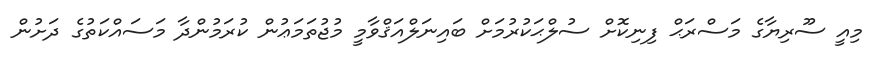
މިއީ ސޫރިޔާގެ މަސްރަޙް ފިނިކޮށް ސުލްޙަކުރުމަށް ބައިނަލްއަޤްވާމީ މުޖުތަމަޢުން ކުރަމުންދާ މަސައްކަތުގެ ދަށުން